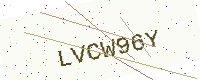
Text: LVCW96Y